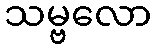
သမ္ဗလော